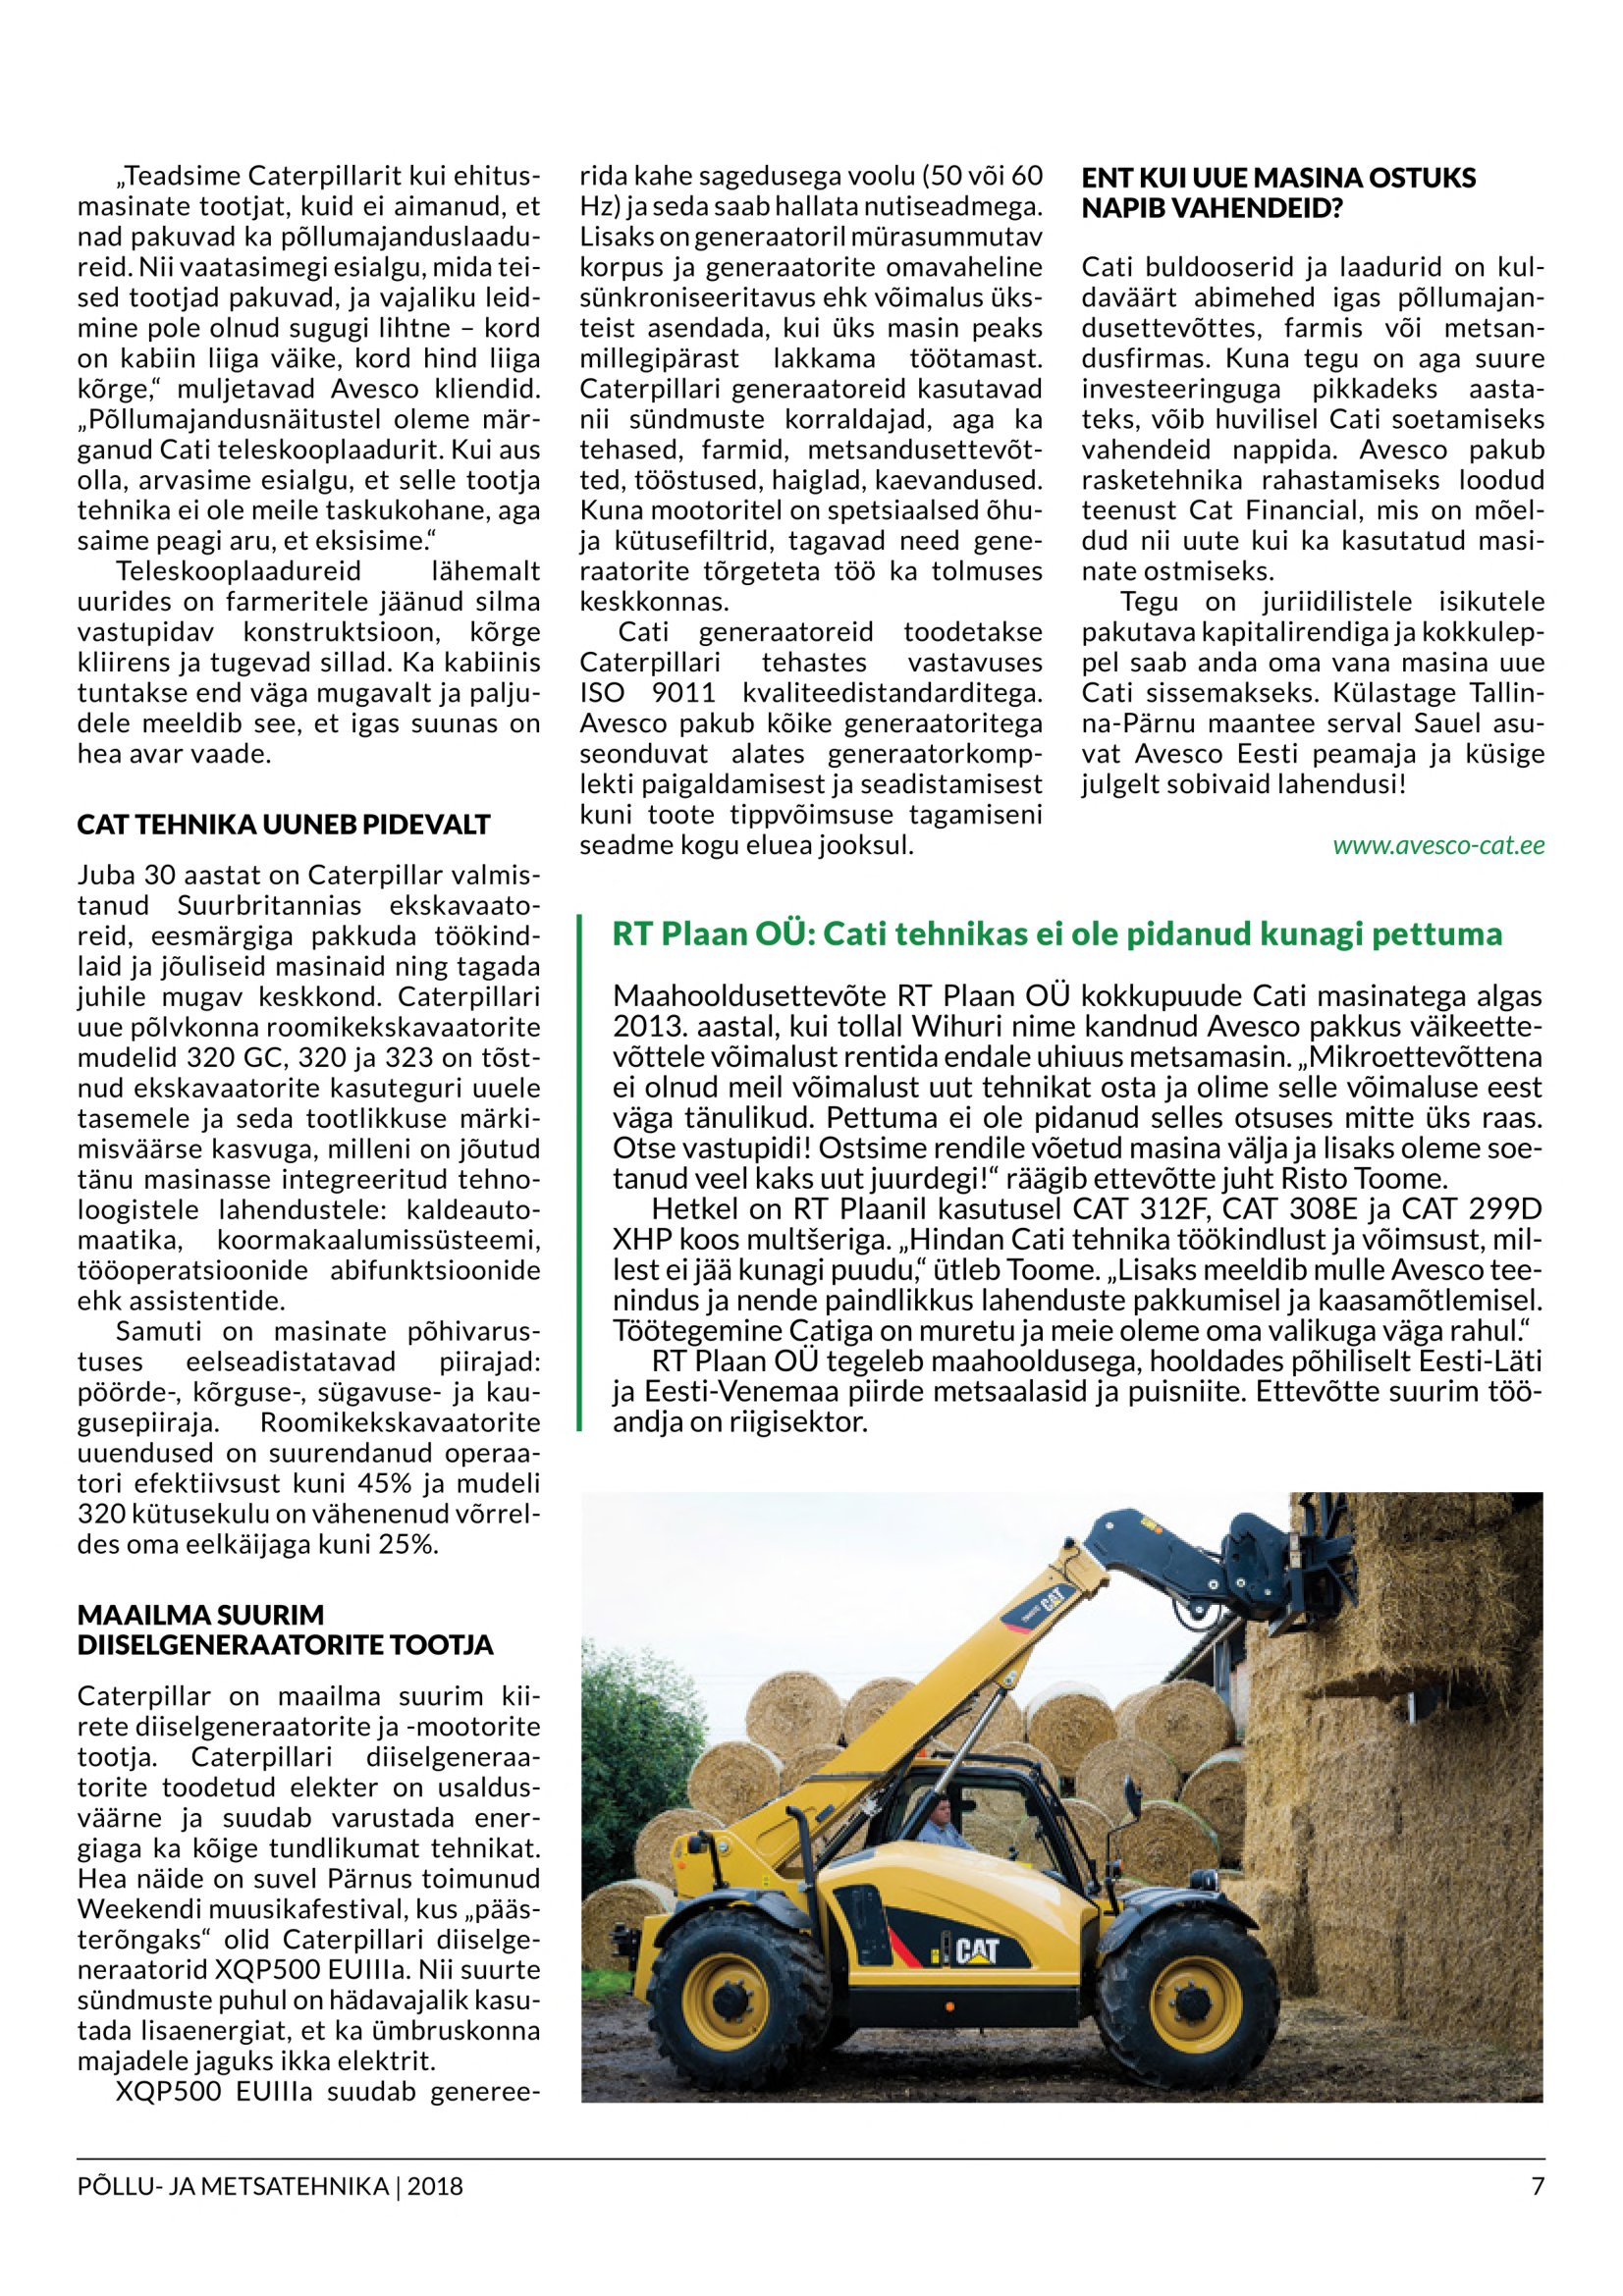
Language: et